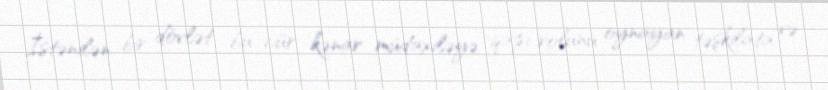
İstənilən bir dövlət bu cür kənar müdaxiləyə qapı rolunu oynayan təşkilata və